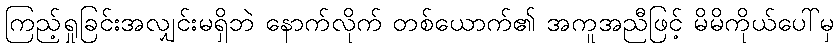
ကြည့်ရှုခြင်းအလျှင်းမရှိဘဲ နောက်လိုက် တစ်ယောက်၏ အကူအညီဖြင့် မိမိကိုယ်ပေါ်မှ